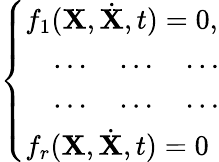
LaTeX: \left\{ \begin{array}{l}{f_{1}({\mathbf X},{\dot{\mathbf X}},t)=0,}\\ {\quad\dots\quad\dots\quad\dots}\\ {\quad\dots\quad\dots\quad\dots}\\ {f_{r}({\mathbf X},{\dot{\mathbf X}},t)=0}\end{array}\right.